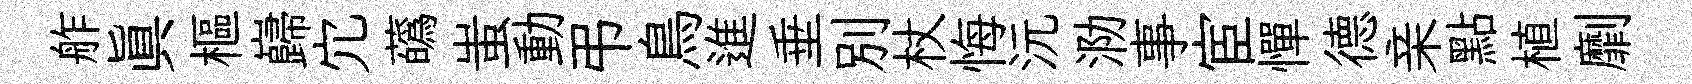
舴真樞巋宂蘤蚩動弔鳥進垂别杖悔沅泐事宦憚德亲點植劘